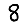
Digit: 8